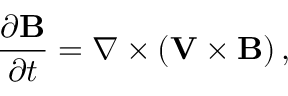
\frac { \partial \mathbf { B } } { \partial t } = \nabla \times \left( \mathbf { V } \times \mathbf { B } \right) ,